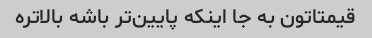
قیمتاتون به جا اینکه پایین‌تر باشه بالاتره